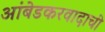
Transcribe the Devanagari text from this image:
आंबेडकरवादाची